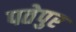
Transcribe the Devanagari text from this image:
पतेपुर